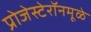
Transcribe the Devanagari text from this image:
प्रोजेस्टेरॉनमूळे